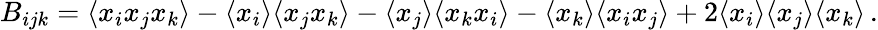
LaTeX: B_{ijk}=\langle x_{i}x_{j}x_{k}\rangle-\langle x_{i}\rangle\langle x_{j}x_{k}\rangle-\langle x_{j}\rangle\langle x_{k}x_{i}\rangle-\langle x_{k}\rangle\langle x_{i}x_{j}\rangle+2\langle x_{i}\rangle\langle x_{j}\rangle\langle x_{k}\rangle\, .